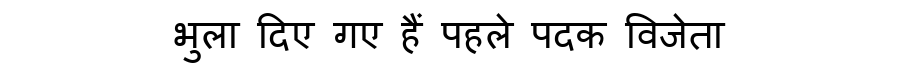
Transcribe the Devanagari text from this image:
भुला दिए गए हैं पहले पदक विजेता